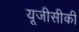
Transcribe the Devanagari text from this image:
यूजीसीकी